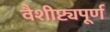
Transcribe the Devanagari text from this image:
वैशीष्ट्यपूर्ण